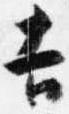
吉